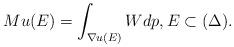
LaTeX: \begin{align*}Mu(E)=\int_{\nabla u(E) } W dp ,E\subset (\Delta).\end{align*}